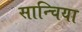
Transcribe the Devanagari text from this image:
सान्चिया